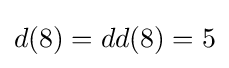
d(8)=dd(8)=5